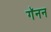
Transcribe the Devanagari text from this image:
गॅनन